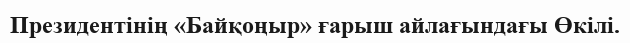
Президентінің «Байқоңыр» ғарыш айлағындағы Өкілі.